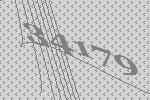
34179